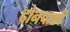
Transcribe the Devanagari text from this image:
दोनचाकी